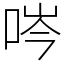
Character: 㖗